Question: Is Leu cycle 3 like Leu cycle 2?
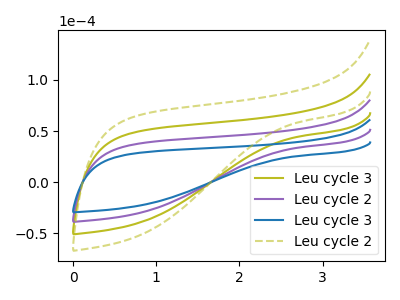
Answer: <think>The olive curve "Leu cycle 3" has no peaks. The purple curve "Leu cycle 2" has no peaks. The blue curve "Leu cycle 3" has no peaks. The olive dashed curve "Leu cycle 2" has no peaks.
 Neither "Leu cycle 3" or "Leu cycle 2" have any peaks.</think>
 <answer>"Leu cycle 3" and "Leu cycle 2" are similar in shape.</answer>
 <eval>same_shape</eval>